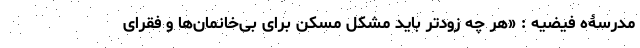
مدرسۀه فیضیه : «هر چه زودتر باید مشکل مسکن برای بی‌خانمان‌ها و فقرای